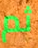
ثم